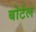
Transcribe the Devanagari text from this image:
बोर्टल